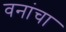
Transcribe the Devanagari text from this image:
वनांचा